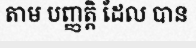
តាម បញ្ញត្តិ ដែល បាន